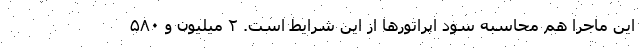
این ماجرا هم محاسبه سود اپراتورها از این شرایط است. ۲ میلیون و ۵۸۰